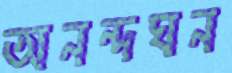
অনন্দঘন